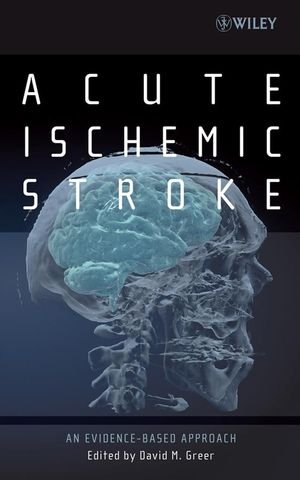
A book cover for Acute Ischemic Stroke: An Evidence-based Approach; Health, Fitness & Dieting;